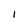
Character: I